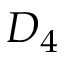
D _ { 4 }